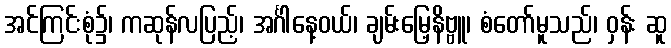
အင်ကြင်းစုံ၌၊ ကဆုန်လပြည့်၊ အင်္ဂါနေ့ဝယ်၊ ချမ်းမြေ့နိဗ္ဗူ၊ စံတော်မူသည်၊ ဝှန်း ဆူ